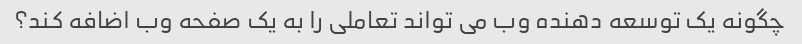
چگونه یک توسعه دهنده وب می تواند تعاملی را به یک صفحه وب اضافه کند؟